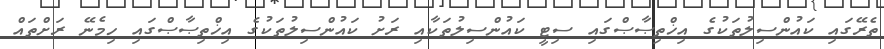
ތެރޭގައި ކައުންސިލުތަކުގެ އިޚްތިޞާޞްގައި ސިޓީ ކައުންސިލުތަކާއި ރަށު ކައުންސިލުތަކުގެ އިޚްތިޞާޞްގައި ހިމެނޭ ރަށްތައް